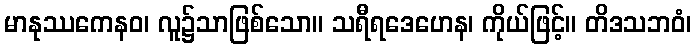
မာနုဿကေနဝ၊ လူ၌သာဖြစ်သော။ သရီရဒေဟေန၊ ကိုယ်ဖြင့်။ တိဒသဘဝံ၊